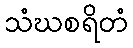
သံဃစရိတံ